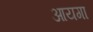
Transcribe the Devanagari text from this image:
आयगा